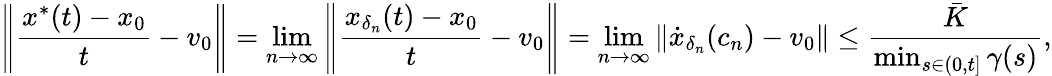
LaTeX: \left\| \frac{x^{*}(t)-x_{0}}{t}-v_{0}\right\| =\operatorname*{lim}_{n\to\infty}\left\| \frac{x_{\delta_{n}}(t)-x_{0}}{t}-v_{0}\right\| =\operatorname*{lim}_{n\to\infty}\| \dot{x}_{\delta_{n}}(c_{n})-v_{0}\| \le\frac{\bar{K}}{\operatorname*{min}_{s\in(0,t]}\gamma(s)},